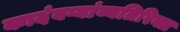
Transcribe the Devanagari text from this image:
कादंबऱ्यांव्यतिरिक्त